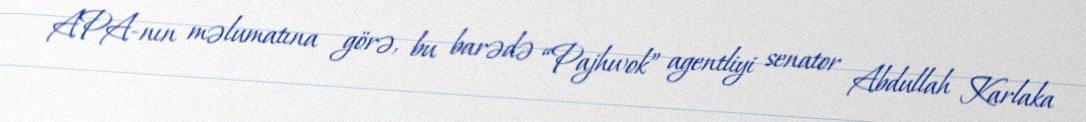
APA-nın məlumatına görə, bu barədə “Pajhwok” agentliyi senator Abdullah Karlaka